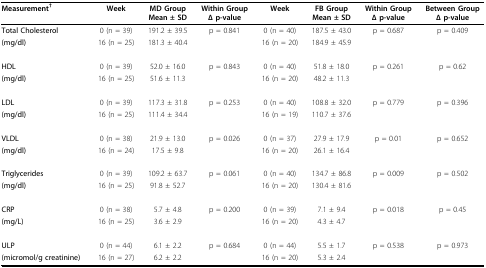
<table><thead><tr><td><b>Measurement<sup>†</sup></b></td><td><b>Week</b></td><td><b>MD Group Mean ± SD</b></td><td><b>Within Group Δ p-value</b></td><td><b>Week</b></td><td><b>FB Group Mean ± SD</b></td><td><b>Within Group Δ p-value</b></td><td><b>Between Group Δ p-value</b></td></tr></thead><tbody><tr><td><b>Total Cholesterol </b></td><td>0 (n = 39)</td><td>191.2 ± 39.5</td><td>p = 0.841</td><td>0 (n = 40)</td><td>187.5 ± 43.0</td><td>p = 0.687</td><td>p = 0.409</td></tr><tr><td><b>(mg/dl)</b></td><td>16 (n = 25)</td><td>181.3 ± 40.4</td><td></td><td>16 (n = 20)</td><td>184.9 ± 45.9</td><td></td><td></td></tr><tr><td><b>HDL </b></td><td>0 (n = 39)</td><td>52.0 ± 16.0</td><td>p = 0.843</td><td>0 (n = 40)</td><td>51.8 ± 18.0</td><td>p = 0.261</td><td>p = 0.62</td></tr><tr><td><b>(mg/dl)</b></td><td>16 (n = 25)</td><td>51.6 ± 11.3</td><td></td><td>16 (n = 20)</td><td>48.2 ± 11.3</td><td></td><td></td></tr><tr><td><b>LDL </b></td><td>0 (n = 39)</td><td>117.3 ± 31.8</td><td>p = 0.253</td><td>0 (n = 40)</td><td>108.8 ± 32.0</td><td>p = 0.779</td><td>p = 0.396</td></tr><tr><td><b>(mg/dl)</b></td><td>16 (n = 25)</td><td>111.4 ± 34.4</td><td></td><td>16 (n = 19)</td><td>110.7 ± 37.6</td><td></td><td></td></tr><tr><td><b>VLDL </b></td><td>0 (n = 38)</td><td>21.9 ± 13.0</td><td>p = 0.026</td><td>0 (n = 37)</td><td>27.9 ± 17.9</td><td>p = 0.01</td><td>p = 0.652</td></tr><tr><td><b>(mg/dl)</b></td><td>16 (n = 24)</td><td>17.5 ± 9.8</td><td></td><td>16 (n = 20)</td><td>26.1 ± 16.4</td><td></td><td></td></tr><tr><td><b>Triglycerides </b></td><td>0 (n = 39)</td><td>109.2 ± 63.7</td><td>p = 0.061</td><td>0 (n = 40)</td><td>134.7 ± 86.8</td><td>p = 0.009</td><td>p = 0.502</td></tr><tr><td><b>(mg/dl)</b></td><td>16 (n = 25)</td><td>91.8 ± 52.7</td><td></td><td>16 (n = 20)</td><td>130.4 ± 81.6</td><td></td><td></td></tr><tr><td><b>CRP </b></td><td>0 (n = 38)</td><td>5.7 ± 4.8</td><td>p = 0.200</td><td>0 (n = 39)</td><td>7.1 ± 9.4</td><td>p = 0.018</td><td>p = 0.45</td></tr><tr><td><b>(mg/L)</b></td><td>16 (n = 25)</td><td>3.6 ± 2.9</td><td></td><td>16 (n = 20)</td><td>4.3 ± 4.7</td><td></td><td></td></tr><tr><td><b>ULP </b></td><td>0 (n = 44)</td><td>6.1 ± 2.2</td><td>p = 0.684</td><td>0 (n = 44)</td><td>5.5 ± 1.7</td><td>p = 0.538</td><td>p = 0.973</td></tr><tr><td><b>(micromol/g creatinine)</b></td><td>16 (n = 27)</td><td>6.2 ± 2.2</td><td></td><td>16 (n = 20)</td><td>5.3 ± 2.4</td><td></td><td></td></tr></tbody></table>